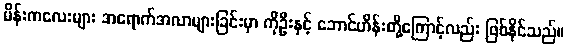
မိန်းကလေးများ အရောက်အလာများခြင်းမှာ ကိုဦးနှင့် ဘောင်ဟိန်းတို့ကြောင့်လည်း ဖြစ်နိုင်သည်။